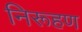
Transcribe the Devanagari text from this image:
निरूहण